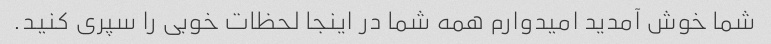
شما خوش آمدید امیدوارم همه شما در اینجا لحظات خوبی را سپری کنید.